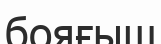
бояғыш